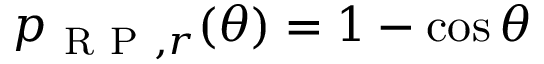
p _ { \mathrm { ~ R ~ P ~ } , r } ( \theta ) = 1 - \cos \theta